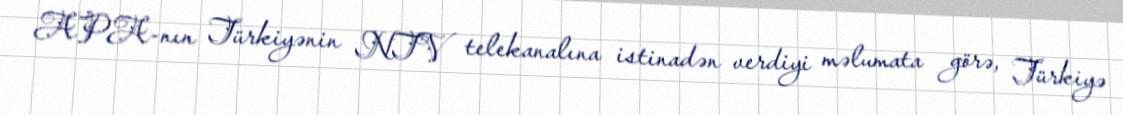
APA-nın Türkiyənin NTV telekanalına istinadən verdiyi məlumata görə, Türkiyə